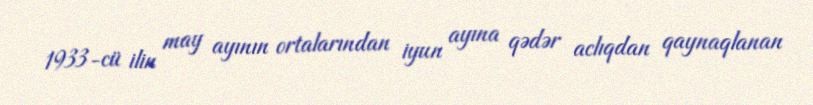
1933-cü ilin may ayının ortalarından iyun ayına qədər aclıqdan qaynaqlanan